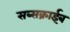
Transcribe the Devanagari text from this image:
सब्सक्राईब